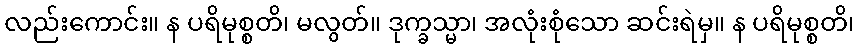
လည်းကောင်း။ န ပရိမုစ္စတိ၊ မလွတ်။ ဒုက္ခသ္မာ၊ အလုံးစုံသော ဆင်းရဲမှ။ န ပရိမုစ္စတိ၊